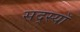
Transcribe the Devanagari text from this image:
सद्स्यॉ